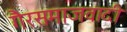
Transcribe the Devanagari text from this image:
गैरसमाजवादी